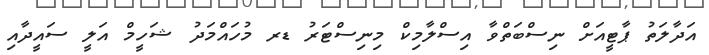
އަދާލަތު ޕާޓީއަށް ނިސްބަތްވާ އިސްލާމިކް މިނިސްޓަރު ޑރ މުހައްމަދު ޝަހީމް އަލީ ސައީދާއި